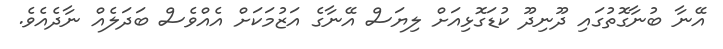
އޭނާ ބުނާގޮތުގައި ދޫނިދޫ ކުޑަގޮޅިއަށް ލިޔަސް އޭނާގެ އަޒުމަކަށް އެއްވެސް ބަދަލެއް ނާދެއެވެ.